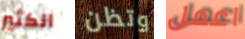
الكثير وتظن اعمل